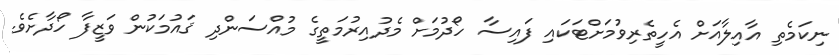
ނިކަމެތި އާއިލާއަށް އެހީތެރިވުމަށްޓަކައި ފައިސާ ހޯދުމަށް މެދުއިރުމަތީގެ މުއްސަންދި ޤައުމަކުން ވަޒީފާ ހޯދާށެވެ.